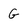
Character: G